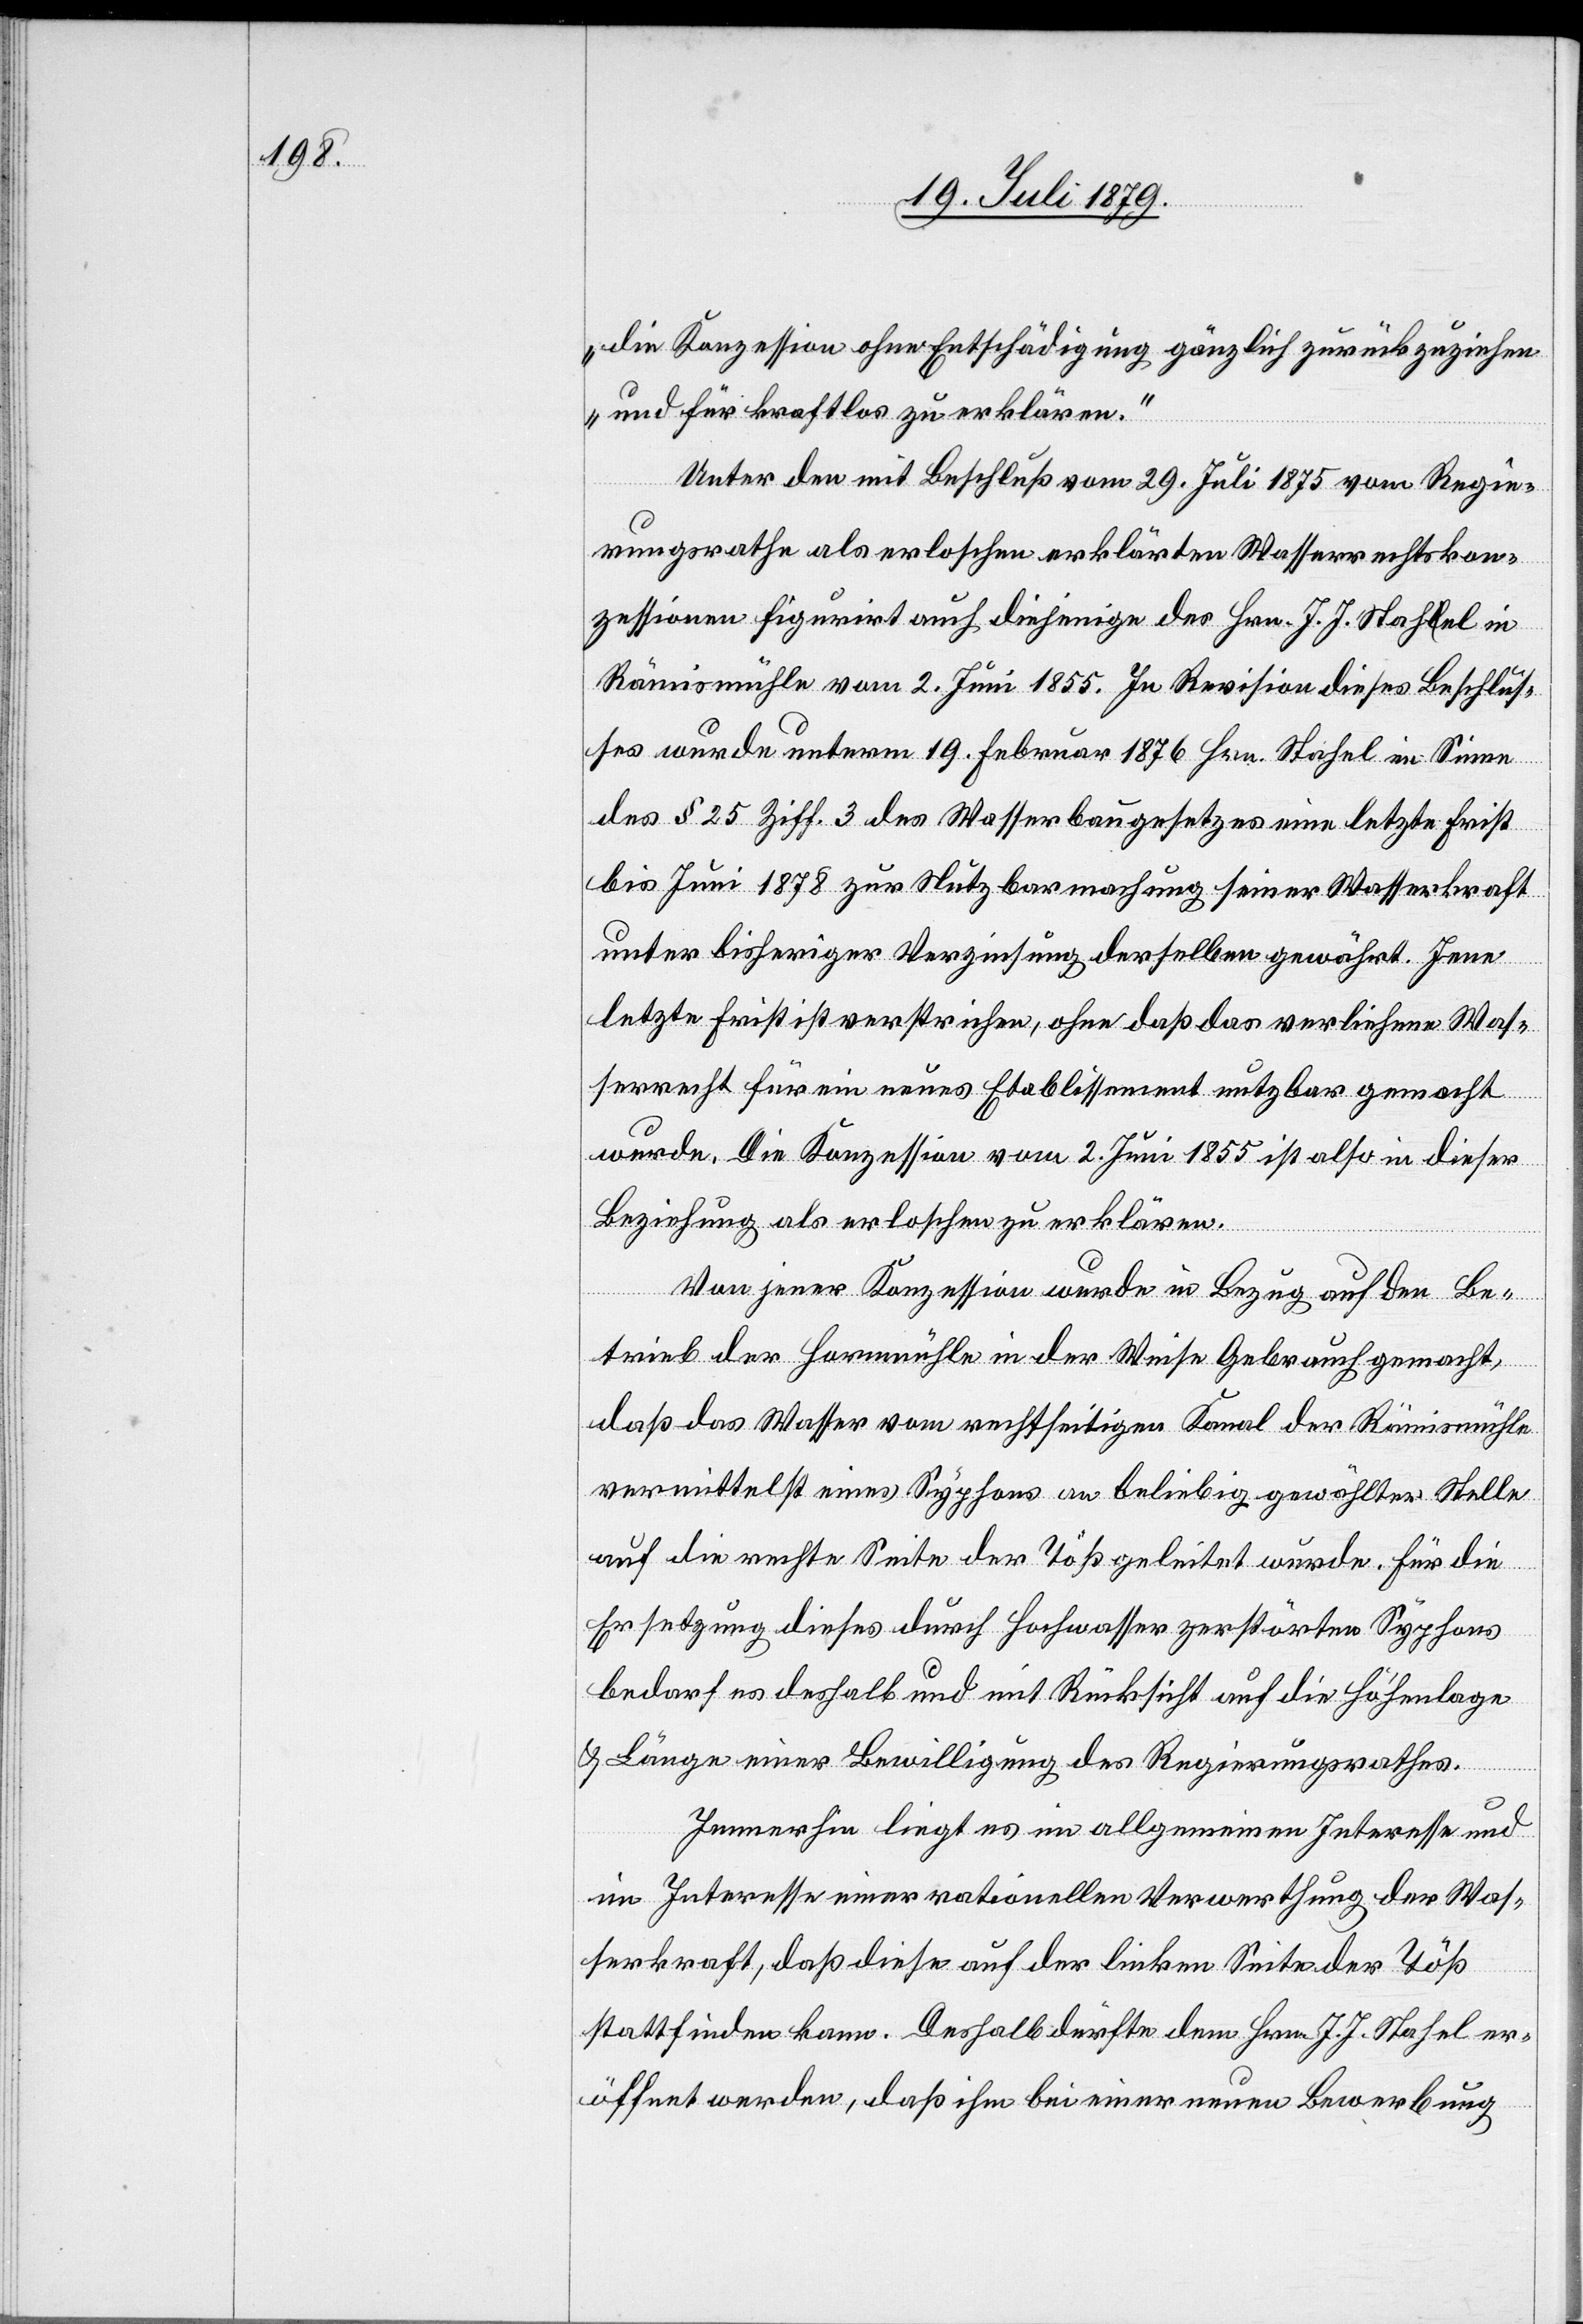
die Konzession ohne Entschädigung gänzlich zurückzuziehen
und für kraftlos zu erklären.“
Unter den mit Beschluß vom 29. Juli 1875 vom Regie¬
rungsrathe als erloschen erklärten Wasserrechtskon¬
zessionen figurirt auch diejenige des Hrn. J. J. Stahel in
Rämismühle vom 2. Juni 1855. In Revision dieses Beschlus¬
ses wurde unterm 19. Februar 1876 Hrn. Stahel im Sinne
des § 25 Ziff. 3 des Wasserbaugesetzes eine letzte Frist
bis Juni 1878 zur Nutzbarmachung seiner Wasserkraft
unter bisheriger Verzinsung derselben gewährt. Jene
letzte Frist ist verstrichen, ohne daß das verliehene Was¬
serrecht für ein neues Etablissement nutzbar gemacht
wurde. Die Konzession vom 2. Juni 1855 ist also in dieser
Beziehung als erloschen zu erklären.
Von jener Konzession wurde in Bezug auf den Be¬
trieb der Hornmühle in der Weise Gebrauch gemacht,
daß das Wasser vom rechtseitigen Kanal der Rämismühle
vermittelst eines Syphons an beliebig gewählter Stelle
auf die rechte Seite der Töß geleitet wurde. Für die
Ersetzung dieses durch Hochwasser zerstörten Syphons
bedarf es deshalb und mit Rücksicht auf die Höhenlage
& Länge einer Bewilligung des Regierungsrathes.
Immerhin liegt es im allgemeinen Interesse und
im Interesse einer rationellen Verwerthung der Was¬
serkraft, daß diese auf der linken Seite der Töß
stattfinden kann. Deshalb dürfte dem Hrn. J. J. Stahel er¬
öffnet werden, daß ihm bei einer neuen Bewerbung